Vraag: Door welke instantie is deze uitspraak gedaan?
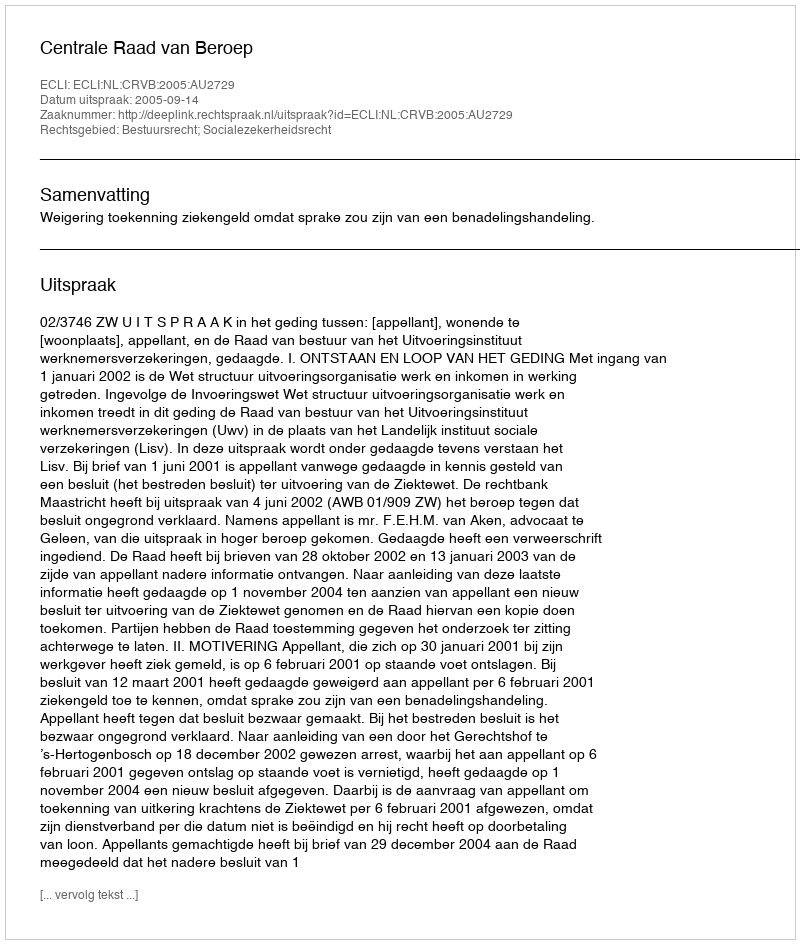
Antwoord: Centrale Raad van Beroep